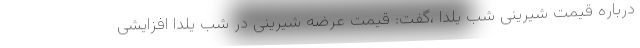
درباره قیمت شیرینی شب یلدا ،گفت: قیمت عرضه شیرینی در شب یلدا افزایشی